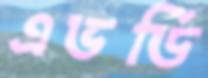
এভর্ডি